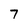
Character: 7